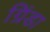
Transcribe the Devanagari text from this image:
ग्रिंडा